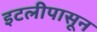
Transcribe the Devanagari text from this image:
इटलीपासून